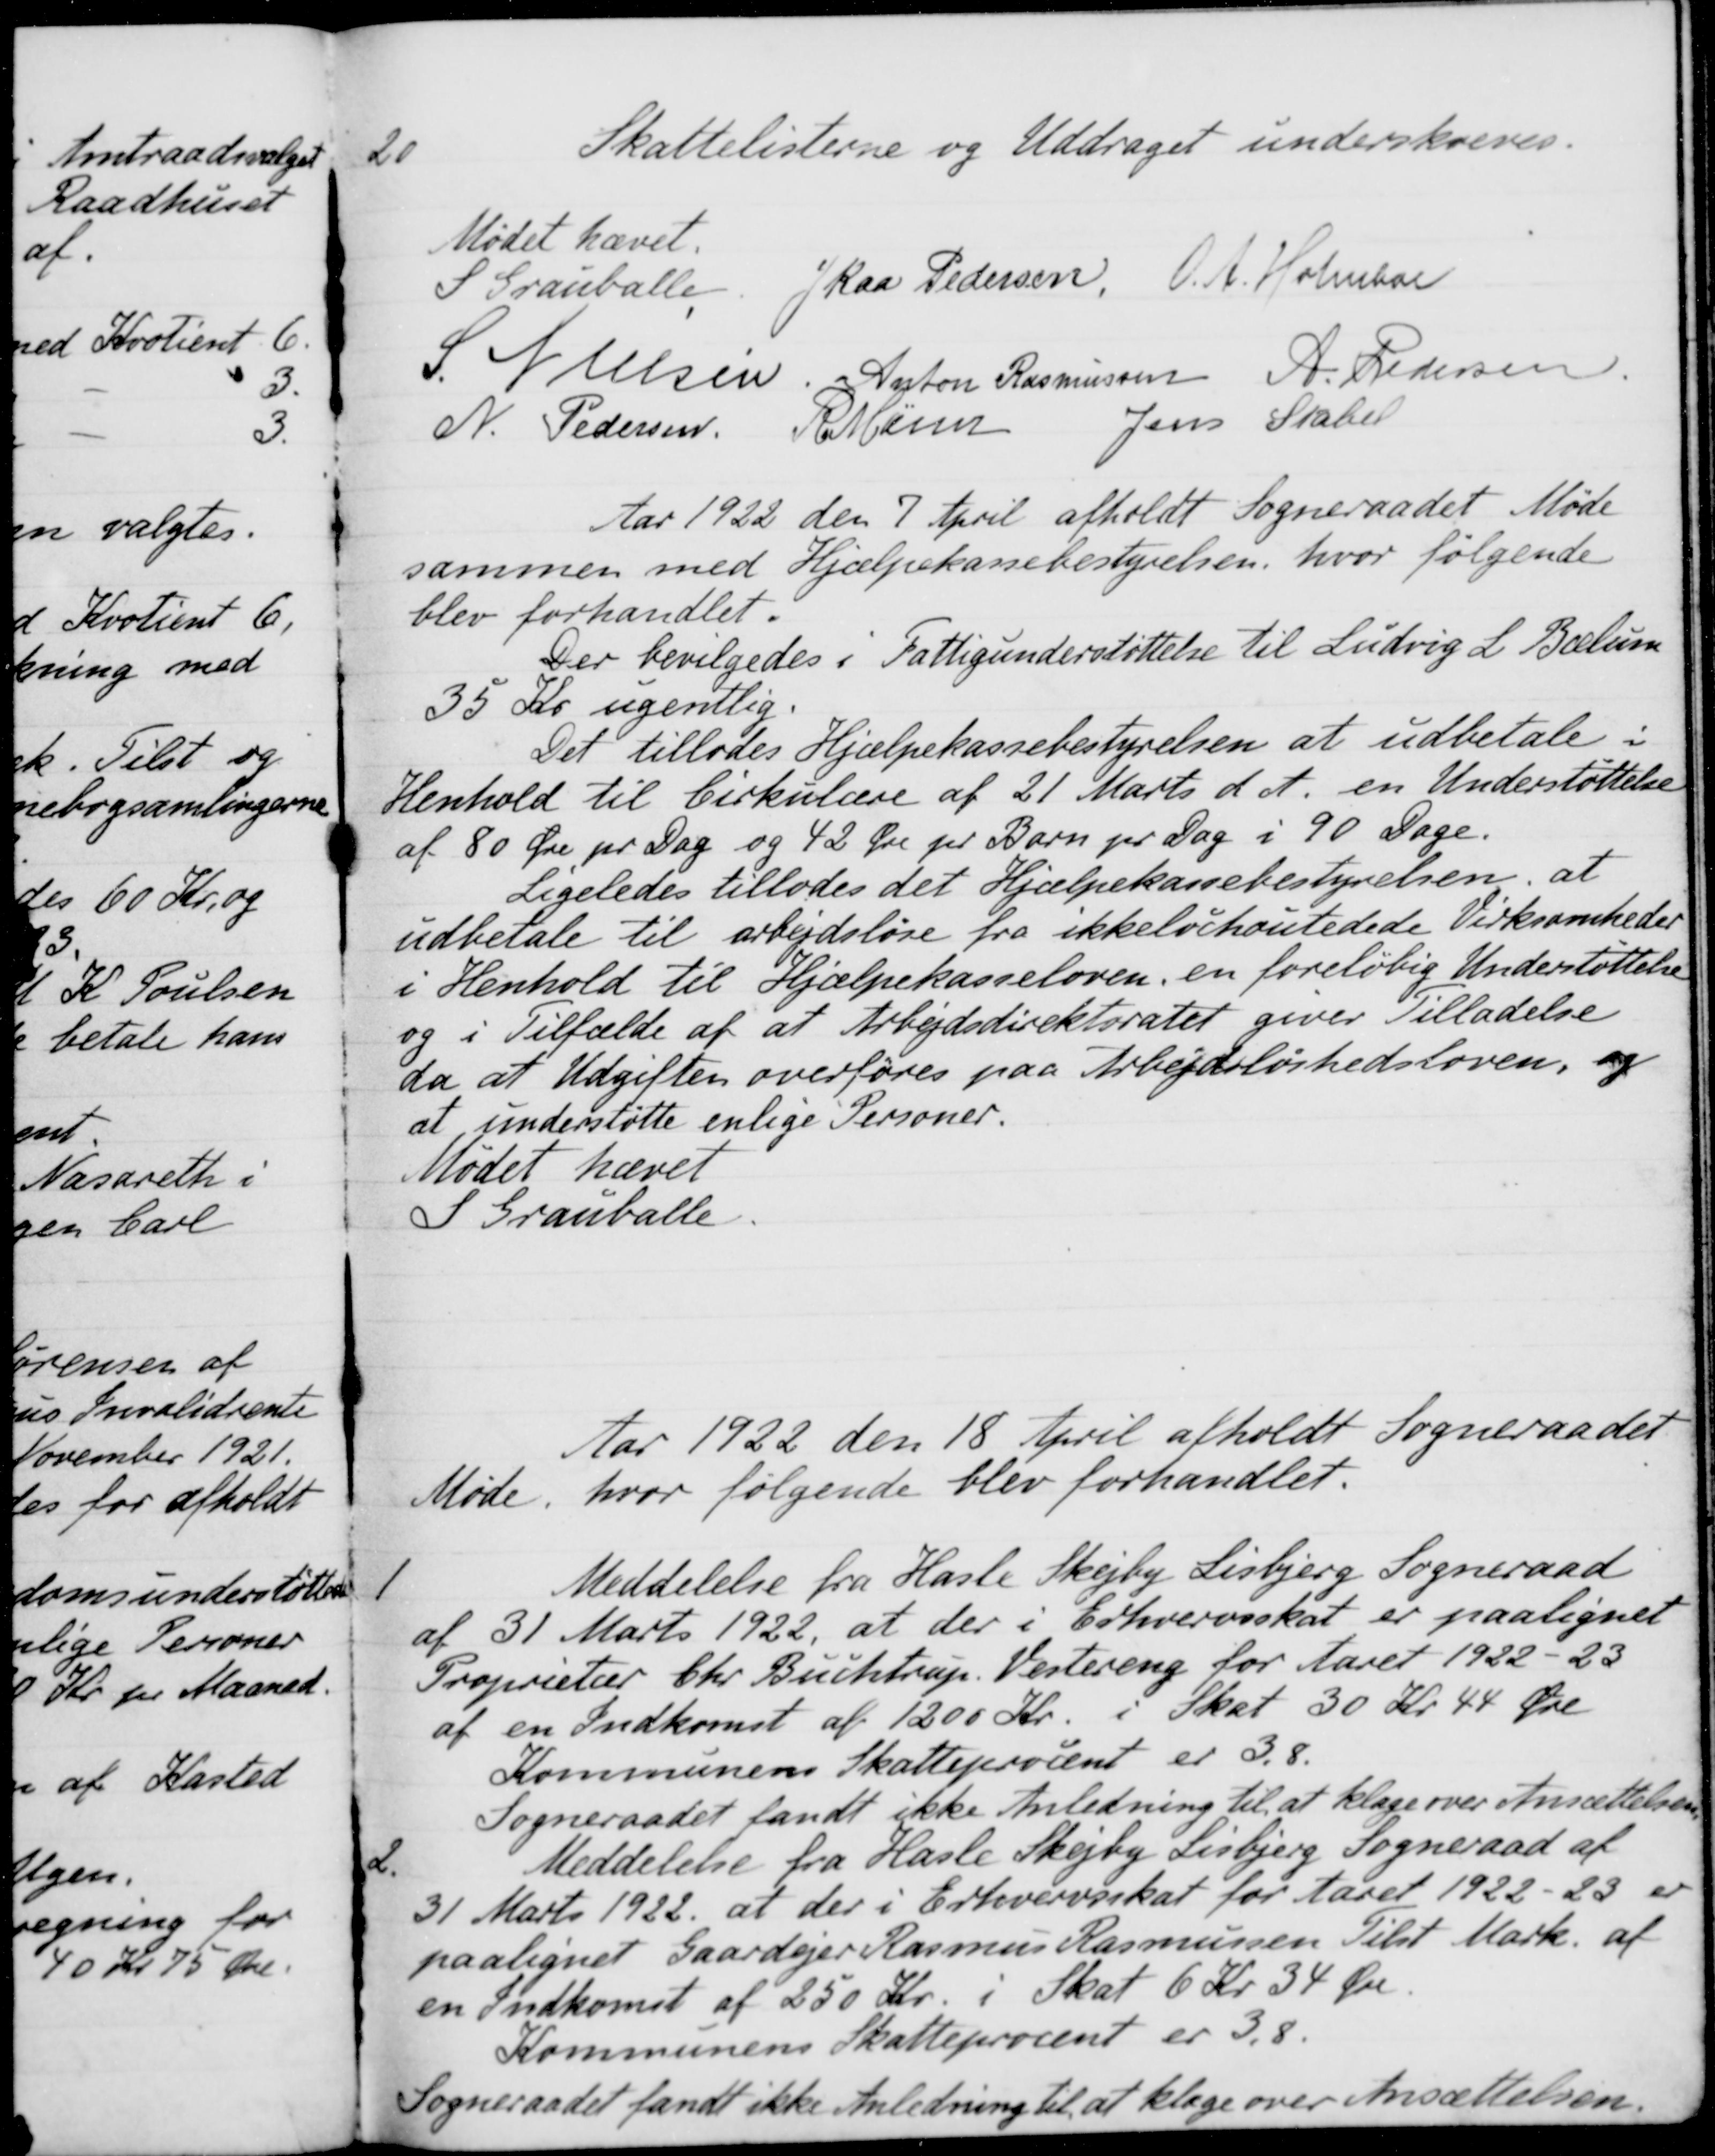
Transskription:
20
Skattelisterne og Uddraget underskreves.
Mødet hævet.
S Grauballe
J Kaa Pedersen
O. A. Holmboe
S. Nielsen
Anton Rasmussen
A. Pedersen
N. Pedersen
R. Mainz
Jens Stabel
Aar 1922 den 7 April afholdt Sogneraadet Møde
sammen med Hjælpekassebestyrelsen, hvor følgende
blev forhandlet.
Der bevilgedes i Fattigunderstøttelse til Ludvig L. Bælum
35 Kr ugentlig
Det tillodes Hjælpekassebestyrelsen at udbetale i
Henhold til Cirkulære af 21 Marts d. A. en Understøttelse
af 80 Øre pr Dag og 42 Øre pr Barn pr Dag i 90 Dage.
Ligeledes tillodes det Hjælpekassebestyrelsen, at
udbetale til arbejdsløse fra ikkelockoutedede Virksomheder
i Henhold til Hjælpekasseloven en foreløbig Understøttelse
og i Tilfælde af at Arbejdsdirektoratet giver Tilladelse
da at Udgiften overføres paa Arbejdsløshedsloven, og
at understøtte enlige Personer.
Mødet hævet
S Grauballe.
Aar 1922 den 18 April afholdt Sogneraadet
Møde, hvor følgende blev forhandlet.
1
Meddelelse fra Hasle Skejby Lisbjerg Sogneraad
af 31 Marts 1922, at der i Erhvervsskat er paalignet
Proprietær Chr. Buchtrup, Vestereng for Aaret 1922 - 23
af en Indkomst af 1200 Kr. i Skat 30 Kr 44 Øre
Kommunens Skatteprocent er 3,8.
Sogneraadet fandt ikke Anledning til at klage over Ansættelsen
2.
Meddelelse fra Hasle Skejby Lisbjerg Sogneraad af
31 Marts 1922 at der i Erhvervsskat for Aaret 1922-23 er
paalignet Gaardejer Rasmus Rasmussen Tilst Mark. af
en Indkomst af 250 Kr. i Skat 6 Kr 34 Øre.
Kommunens Skatteprocent er 3,8.
Sogneraadet fandt ikke Anledning til at klage over Ansættelsen.